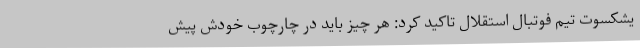
یشکسوت تیم فوتبال استقلال تاکید کرد: هر چیز باید در چارچوب خودش پیش